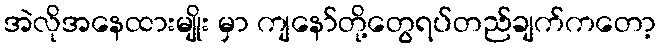
အဲလိုအနေထားမျိုး မှာ ကျနော်တို့တွေရပ်တည်ချက်ကတော့